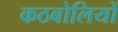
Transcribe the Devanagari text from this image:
कठबोलियों